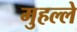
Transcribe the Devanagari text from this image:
मुहल्‍ले